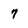
Character: 7